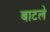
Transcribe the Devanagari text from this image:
बाटले